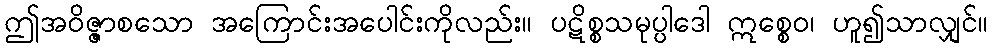
ဤအဝိဇ္ဇာစသော အကြောင်းအပေါင်းကိုလည်း။ ပဋိစ္စသမုပ္ပါဒေါ ဣစ္စေဝ၊ ဟူ၍သာလျှင်။